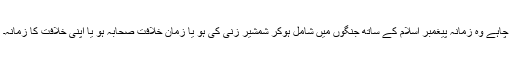
چاہے وہ زمانہ پیغمبر اسلام کے ساتھ جنگوں میں شامل ہوکر شمشیر زنی کی ہو یا زمانِ خلافت ِصحابہ ہو یا اپنی خلافت کا زمانہ۔